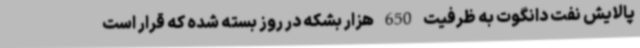
پالایش نفت دانگوت به ظرفیت 650 هزار بشکه در روز بسته شده که قرار است